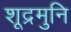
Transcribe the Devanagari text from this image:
शूद्रमुनि